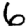
Digit: 6